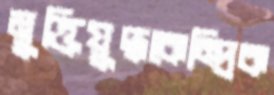
মুক্তিযুদ্ধকেন্দ্রিক